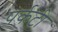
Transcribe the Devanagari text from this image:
पर्कटी